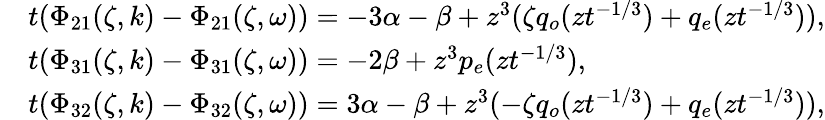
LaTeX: \begin{array}{rl}&{t(\Phi_{21}(\zeta,k)-\Phi_{21}(\zeta,\omega))=-3\alpha-\beta+z^{3}(\zeta q_{o}(zt^{-1/3})+q_{e}(zt^{-1/3})),}\\ &{t(\Phi_{31}(\zeta,k)-\Phi_{31}(\zeta,\omega))=-2\beta+z^{3}p_{e}(zt^{-1/3}),}\\ &{t(\Phi_{32}(\zeta,k)-\Phi_{32}(\zeta,\omega))=3\alpha-\beta+z^{3}(-\zeta q_{o}(zt^{-1/3})+q_{e}(zt^{-1/3})),}\end{array}